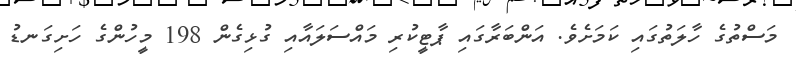
މަސްތުގެ ހާލަތުގައި ކަމަށެވެ. އަންބަރާގައި ޕާޓީކުރި މައްސަލައާއި ގުޅިގެން 198 މީހުންގެ ހަށިގަނޑު